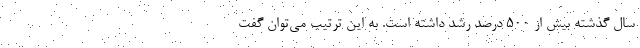
سال گذشته بیش از ۵۰۰ درصد رشد داشته است. به این ترتیب می‌توان گفت